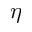
\eta